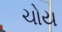
ચોય